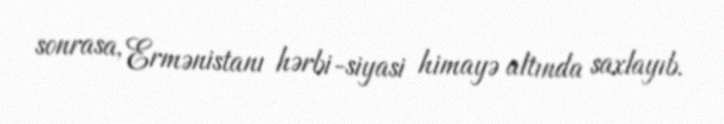
sonrasa, Ermənistanı hərbi-siyasi himayə altında saxlayıb.